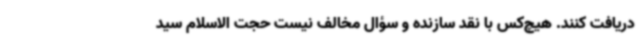
دریافت کنند. هیچ‌کس با نقد سازنده و سؤال مخالف نیست حجت الاسلام سید